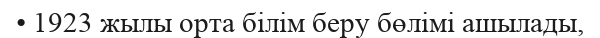
• 1923 жылы орта білім беру бөлімі ашылады,